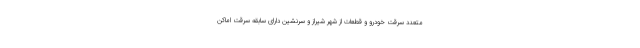
متعدد سرقت خودرو و قطعات از شهر شیراز و سرنشین دارای سابقه سرقت اماکن